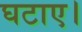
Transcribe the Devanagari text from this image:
घटाए।